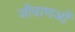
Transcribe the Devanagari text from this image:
जीवाणओं